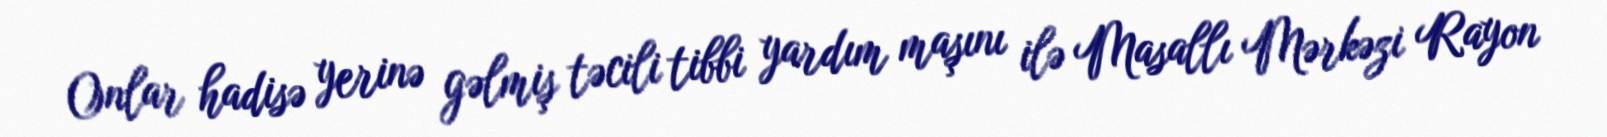
Onlar hadisə yerinə gəlmiş təcili tibbi yardım maşını ilə Masallı Mərkəzi Rayon